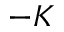
- K